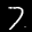
Label: 7